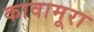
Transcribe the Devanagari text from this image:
कावामूरा